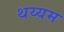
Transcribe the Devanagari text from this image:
थय्यम